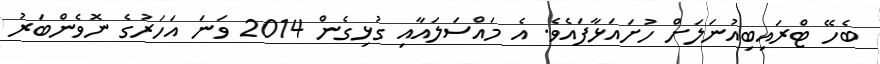
ބެހޭ ޓްރައިބިއުނަލަށް ހުށައަޅާފައެވެ. އެ މައްސަލައާއި ގުޅިގެން 2014 ވަނަ އަހަރުގެ ނޮވެންބަރު